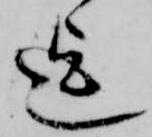
迄